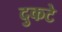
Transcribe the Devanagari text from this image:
दुकटे